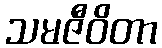
သမဇီဝိတာ